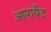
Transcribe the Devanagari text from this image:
आपार्थैट